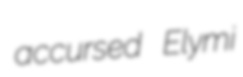
accursed Elymi